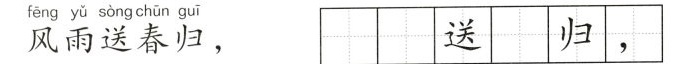
风雨送春归， 送 归，